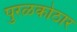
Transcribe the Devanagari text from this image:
पुरळकोठार